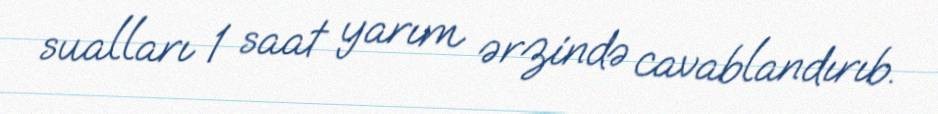
sualları 1 saat yarım ərzində cavablandırıb.